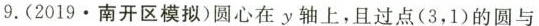
9.(2019·南开区模拟)圆心在y轴上，且过点(3，1)的圆与